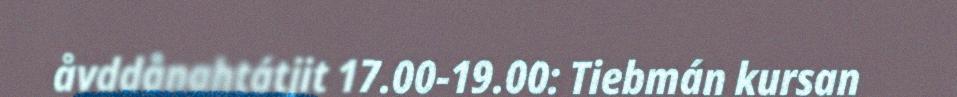
åvddånahtátjit 17.00-19.00: Tiebmán kursan